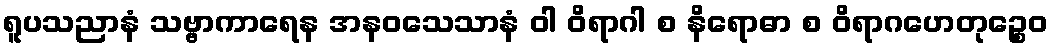
ရူပသညာနံ သဗ္ဗာကာရေန အနဝသေသာနံ ဝါ ဝိရာဂါ စ နိရောဓာ စ ဝိရာဂဟေတုဉ္စေဝ